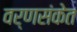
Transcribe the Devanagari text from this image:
वर्णसंकेत